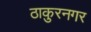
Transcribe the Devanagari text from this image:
ठाकुरनगर